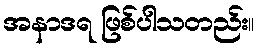
အနာဒရ ဖြစ်ပါသတည်း။